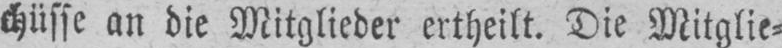
chüsse an die Mitglieder ertheilt. Die Mitglie⸗